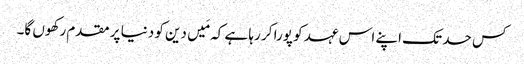
کس حد تک اپنے اس عہد کو پورا کر رہا ہے کہ مَیں دین کو دنیا پر مقدم رکھوں گا۔